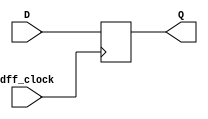
`timescale 1ns / 1ps
//////////////////////////////////////////////////////////////////////////////////
// Company: 
// Engineer: 
// 
// Design Name: 
// Module Name: dff
// Project Name: 
// Target Devices: 
// Tool Versions: 
// Description: 
// 
// Dependencies: 
// 
// Revision:
// Revision 0.01 - File Created
// Additional Comments:
// 
//////////////////////////////////////////////////////////////////////////////////


module dff(
    input dff_clock,
    input D,
    output reg Q
    );
     always @ (posedge dff_clock)
       begin
           Q<=D;
       end
endmodule